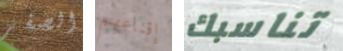
الصفر إقناعهم تناسبك